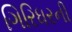
ગિરિધરની